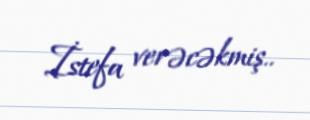
İstefa verəcəkmiş..